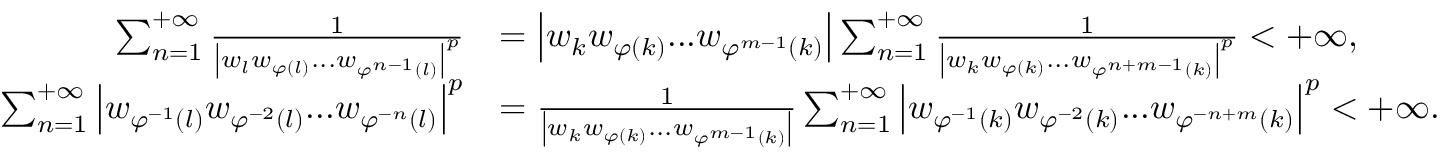
\begin{array} { r l } { \sum _ { n = 1 } ^ { + \infty } { \frac { 1 } { \left| w _ { l } w _ { \varphi \left( l \right) } . . . w _ { \varphi ^ { n - 1 } \left( l \right) } \right| ^ { p } } } } & { = \left| w _ { k } w _ { \varphi \left( k \right) } . . . w _ { \varphi ^ { m - 1 } \left( k \right) } \right| \sum _ { n = 1 } ^ { + \infty } { \frac { 1 } { \left| w _ { k } w _ { \varphi \left( k \right) } . . . w _ { \varphi ^ { n + m - 1 } \left( k \right) } \right| ^ { p } } } < + \infty , } \\ { \sum _ { n = 1 } ^ { + \infty } { \left| w _ { \varphi ^ { - 1 } \left( l \right) } w _ { \varphi ^ { - 2 } \left( l \right) } . . . w _ { \varphi ^ { - n } \left( l \right) } \right| } ^ { p } } & { = \frac { 1 } { \left| w _ { k } w _ { \varphi \left( k \right) } . . . w _ { \varphi ^ { m - 1 } \left( k \right) } \right| } \sum _ { n = 1 } ^ { + \infty } { \left| w _ { \varphi ^ { - 1 } \left( k \right) } w _ { \varphi ^ { - 2 } \left( k \right) } . . . w _ { \varphi ^ { - n + m } \left( k \right) } \right| } ^ { p } < + \infty . } \end{array}